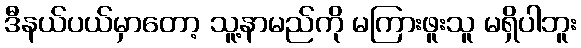
ဒီနယ်ပယ်မှာတော့ သူ့နာမည်ကို မကြားဖူးသူ မရှိပါဘူး